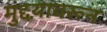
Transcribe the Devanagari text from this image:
मुद्दय़ावरून